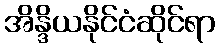
အိန္ဒိယနိုင်ငံဆိုင်ရာ